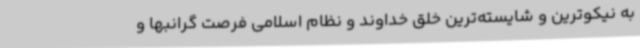
به نیکوترین و شایسته‌ترین خلق خداوند و نظام اسلامی فرصت گرانبها و